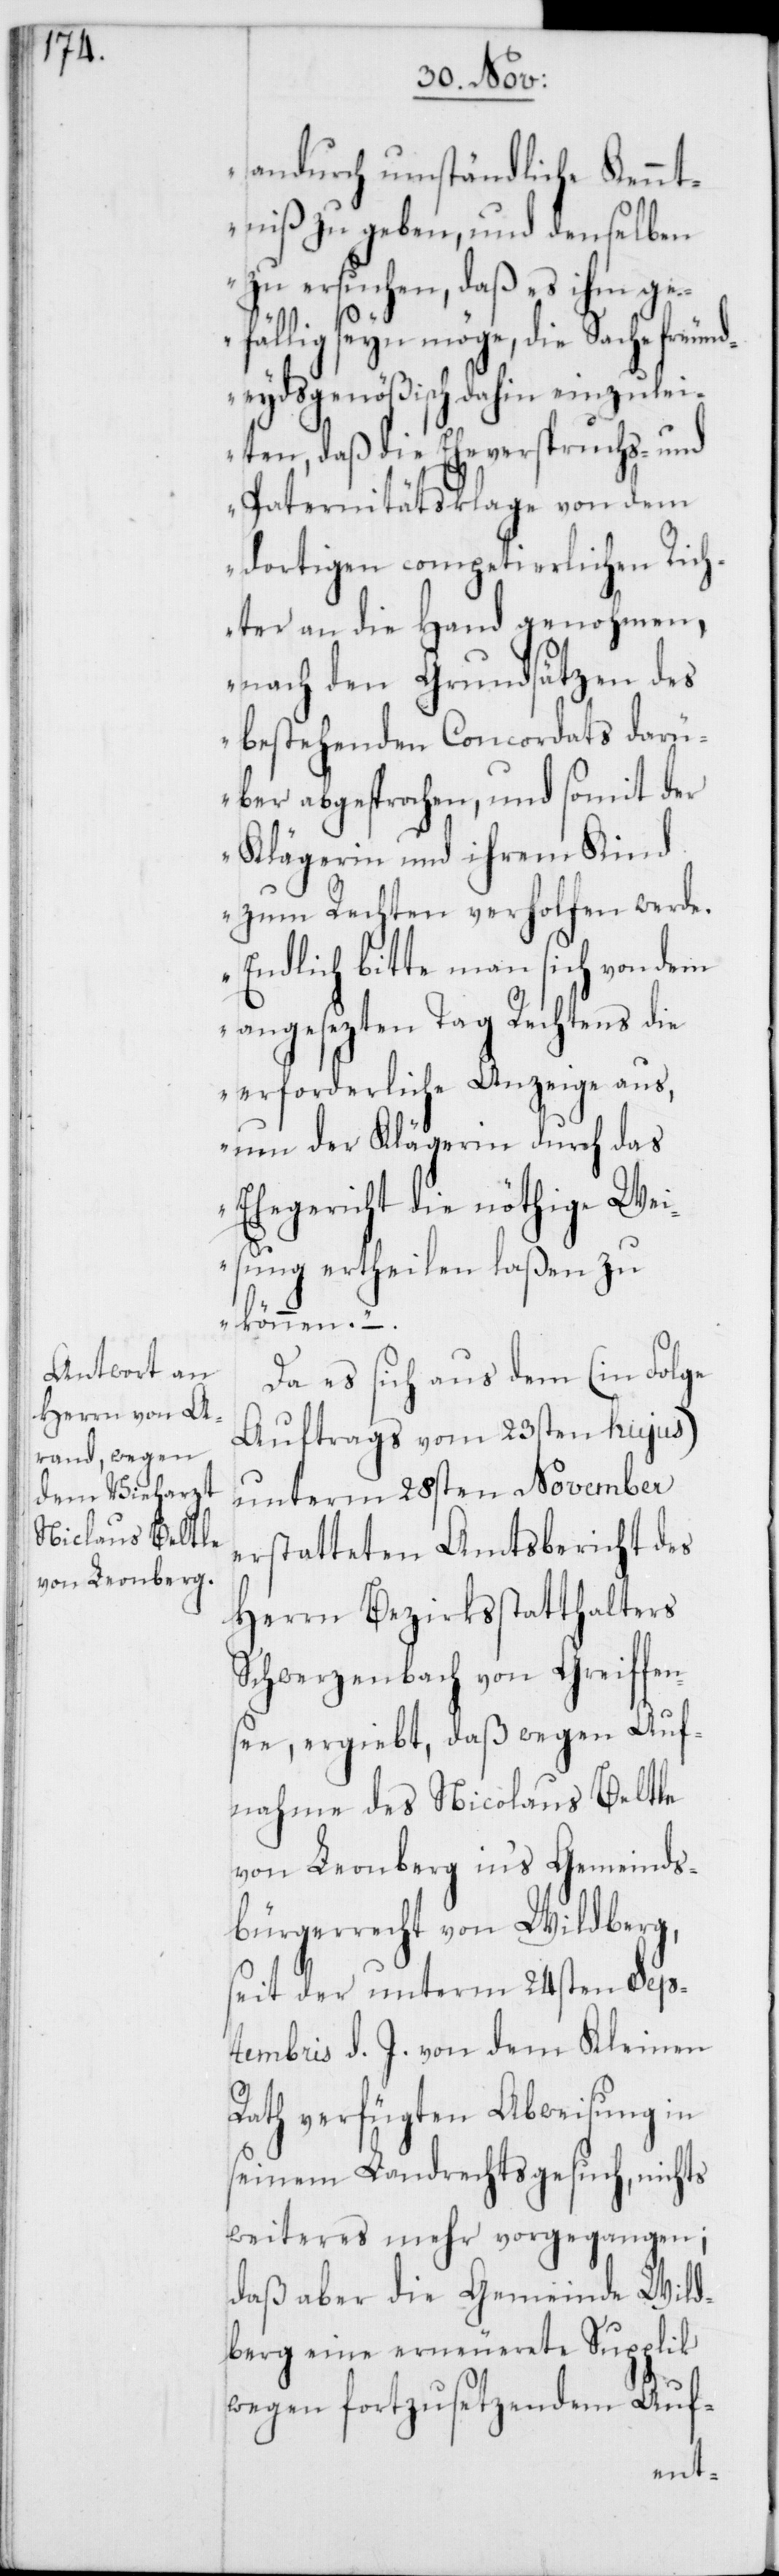
andurch umständliche Kennt¬
niß zu geben, und denselben
zu ersuchen, daß es ihm ge¬
fällig seyn möge, die Sache freund¬
eydsgenößisch dahin einzulei¬
ten, daß die Eheverspruchs- und
Paternitätsklage von dem
dortigen competierlichen Rich¬
ter an die Hand genohmen,
nach den Grundsätzen des
bestehenden Concordats darü¬
ber abgesprochen, und somit der
Klägerin und ihrem Kind
zum Rechten verholfen werde.
Endlich bitte man sich von dem
angesezten Tag Rechtens die
erforderliche Anzeige aus,
um der Klägerin durch das
Ehegericht die nöthige Wei¬
sung ertheilen laßen zu
können.“
Da es sich aus dem (in Folge
Auftrags vom 23sten hujus)
unterm 28sten November
erstatteten Amtsbericht des
Herrn Bezirksstatthalters
Schwerzenbach von Greiffen¬
see ergiebt, daß wegen Auf¬
nahme des Nicolaus Beltle
von Leonberg in‘s Gemeinds¬
bürgerrecht von Wildberg,
seit der unterm 24sten Sep¬
tembris d. J. von dem Kleinen
Rath verfügten Abweisung in
seinem Landrechtsgesuch, nichts
weiteres mehr vorgegangen;
daß aber die Gemeinde Wild¬
berg eine erneuerete Supplik
wegen fortzusetzendem Auf-